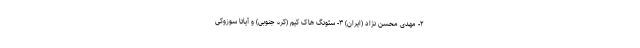
۲- مهدی محسن نژاد (ایران) ۳- سئونگ هاک کیم (کره جنوبی) و آیاتا سوزوکی